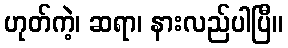
ဟုတ်ကဲ့၊ ဆရာ၊ နားလည်ပါပြီ။